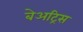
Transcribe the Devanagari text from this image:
बेअट्रिस